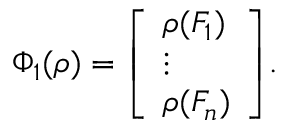
\; \Phi _ { 1 } ( \rho ) = { \left[ \begin{array} { l } { \rho ( F _ { 1 } ) } \\ { \vdots } \\ { \rho ( F _ { n } ) } \end{array} \right] } .